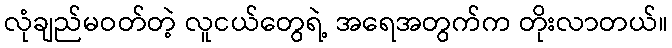
လုံချည်မဝတ်တဲ့ လူငယ်တွေရဲ့ အရေအတွက်က တိုးလာတယ်။